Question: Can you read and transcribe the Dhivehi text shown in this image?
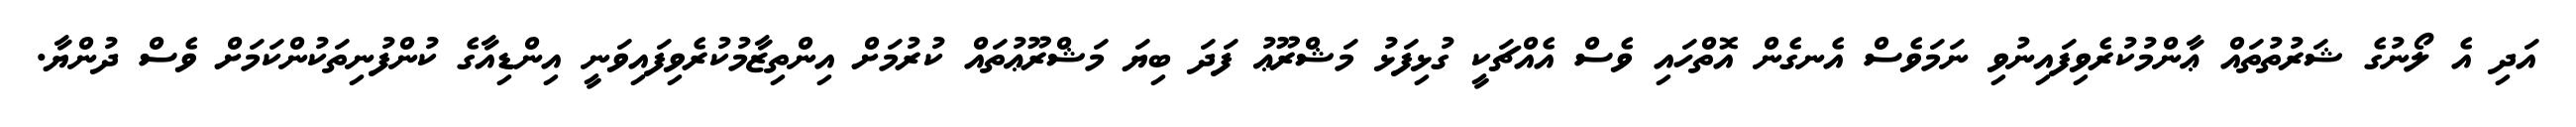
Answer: އަދި އެ ލޯނުގެ ޝަރުތުތައް ޢާންމުކުރެވިފައިނުވި ނަމަވެސް އެނގެން އޮތްހައި ވެސް އެއްޗަކީ ގުޅިފަޅު މަޝްރޫޢު ފަދަ ބިޔަ މަޝްރޫޢުތައް ކުރުމަށް އިންތިޒާމުކުރެވިފައިވަނީ އިންޑިއާގެ ކުންފުނިތަކުންކަމަށް ވެސް ދުންޔާ.